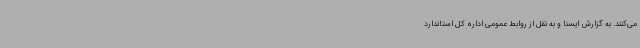
می‌کنند. به گزارش ایسنا و به نقل از روابط عمومی اداره کل استاندارد